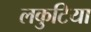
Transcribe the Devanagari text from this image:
लकुटिया